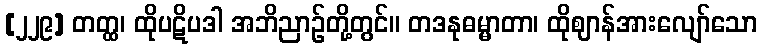
[၂၂၉] တတ္ထ၊ ထိုပဋိပဒါ အဘိညာဉ်တို့တွင်။ တဒနုဓမ္မာတာ၊ ထိုဈာန်အားလျော်သော